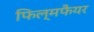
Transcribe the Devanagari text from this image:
फिल्मफैयर